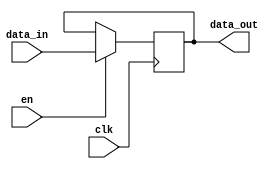
`timescale 1ns/1ps        //sets timescale info to the compiler

module register (         //defines module with it's inputs and outputs
  input		    clk,  
  input             en,
  input    [31:0] data_in,      //32-bit data bus
  output reg [31:0] data_out    //32-bit data bus
);


always @ (posedge clk)
   if (en == 1'd1)            //at rising clock edge, sets data_out as data_in if enable is active
     data_out <= data_in;

endmodule